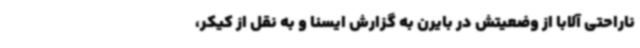
ناراحتی آلابا از وضعیتش در بایرن به گزارش ایسنا و به نقل از کیکر،